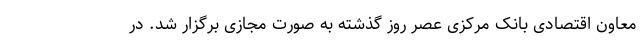
معاون اقتصادی بانک مرکزی عصر روز گذشته به صورت مجازی برگزار شد. در